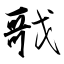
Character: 戨